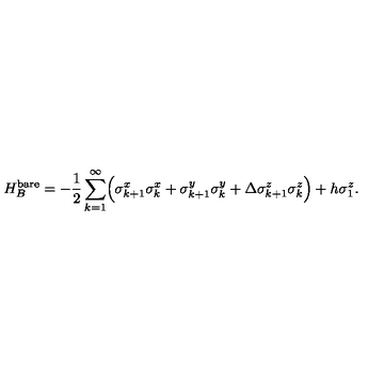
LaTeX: H _ { B } ^ { \mathrm { b a r e } } = - \frac { 1 } { 2 } \sum _ { k = 1 } ^ { \infty } \Bigl ( \sigma _ { k + 1 } ^ { x } \sigma _ { k } ^ { x } + \sigma _ { k + 1 } ^ { y } \sigma _ { k } ^ { y } + \Delta \sigma _ { k + 1 } ^ { z } \sigma _ { k } ^ { z } \Bigr ) + h \sigma _ { 1 } ^ { z } .